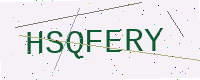
Text: HSQFERY